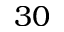
3 0